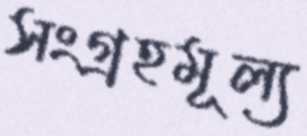
সংগ্রহমূল্য